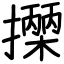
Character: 𢷡